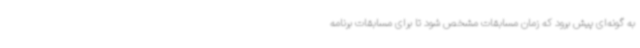
به گونه‌ای پیش برود که زمان مسابقات مشخص شود تا برای مسابقات برنامه